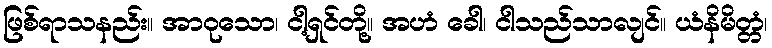
ဖြစ်ရာသနည်း။ အာဝုသော၊ ငါ့ရှင်တို့။ အဟံ ခေါ၊ ငါသည်သာလျင်။ ယံနိမိတ္တံ၊